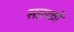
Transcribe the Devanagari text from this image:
सङको